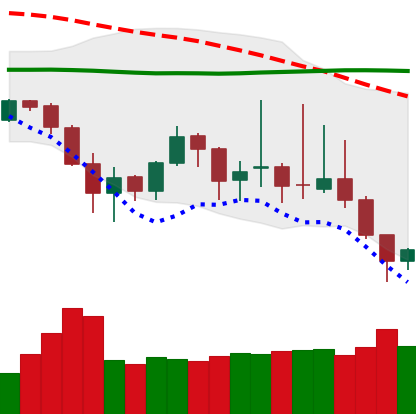
Ticker: DOGE-USD
Chart end date: 2019-08-30
Forward return: 8.38%
Label: up_7plus